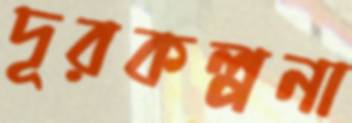
দূরকল্পনা